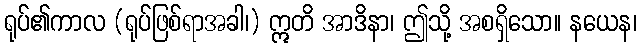
ရုပ်၏ကာလ (ရုပ်ဖြစ်ရာအခါ၊) ဣတိ အာဒိနာ၊ ဤသို့ အစရှိသော။ နယေန၊